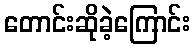
တောင်းဆိုခဲ့ကြောင်း